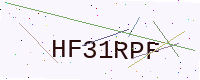
Text: HF31RPF